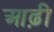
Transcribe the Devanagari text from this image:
आढ़ी